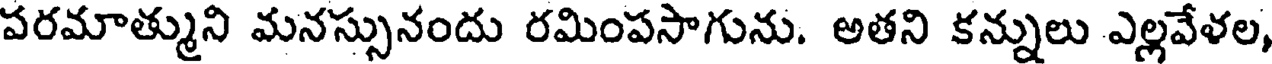
పరమాత్ముని మనస్సునందు రమింపసాగును. అతని కన్నులు ఎల్లవేళల,